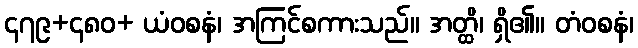
၄၇၉+၄၈၀+ ယံဝစနံ၊ အကြင်စကားသည်။ အတ္ထိ၊ ရှိ၏။ တံဝစနံ၊